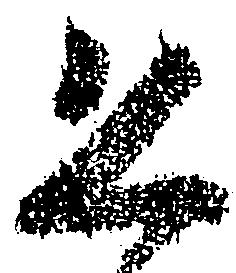
恐